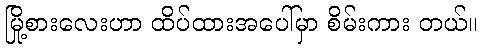
မြို့စားလေးဟာ ထိပ်ထားအပေါ်မှာ စိမ်းကား တယ်။